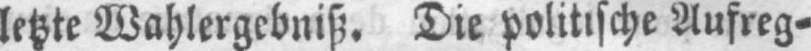
letzte Wahlergebniß. Die politische Aufreg⸗